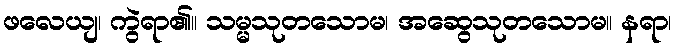
ဖလေယျ၊ ကွဲရာ၏။ သမ္မသုတသောမ၊ အဆွေသုတသောမ။ နရာ၊